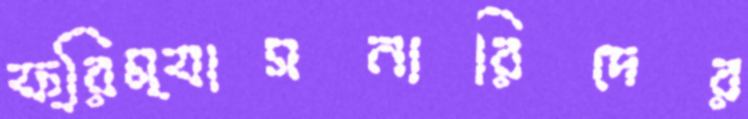
ফ্রিম্যাসনারিদের